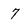
Character: 7